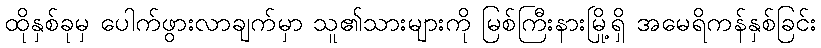
ထိုနှစ်ခုမှ ပေါက်ဖွားလာချက်မှာ သူ၏သားများကို မြစ်ကြီးနားမြို့ရှိ အမေရိကန်နှစ်ခြင်း